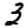
Digit: 3